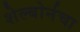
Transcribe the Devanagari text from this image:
शेल्बोर्नचा